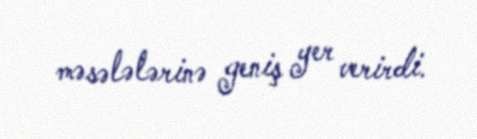
məsələlərinə geniş yer verirdi.